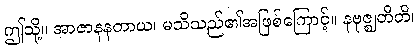
ဤသို့။ အာဇာနနတာယ၊ မသိသည်၏အဖြစ်ကြောင့်။ နဗုဇ္ဈတီတိ၊